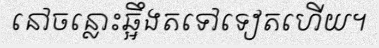
នៅចន្លោះឆ្អឹងតទៅទៀតហើយ។